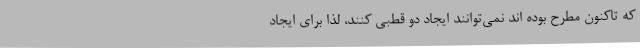
که تاکنون مطرح بوده اند نمی‌توانند ایجاد دو قطبی کنند، لذا برای ایجاد